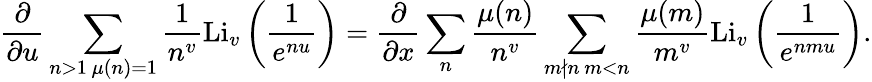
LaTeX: \frac{\partial}{\partial u}\sum_{\substack{n>1\, \mu(n)=1}}\frac{1}{n^{v}}\textnormal{Li}_{v}\left(\frac{1}{e^{nu}}\right)=\frac{\partial}{\partial x}\sum_{n}\frac{\mu(n)}{n^{v}}\sum_{\substack{m\nmid n\, m<n}}\frac{\mu(m)}{m^{v}}\textnormal{Li}_{v}\left(\frac{1}{e^{nmu}}\right).